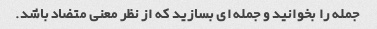
جمله را بخوانید و جمله ای بسازید که از نظر معنی متضاد باشد.